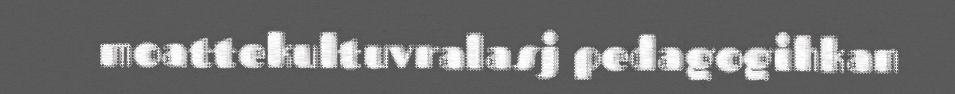
moattekultuvralasj pedagogihkan